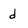
Character: d